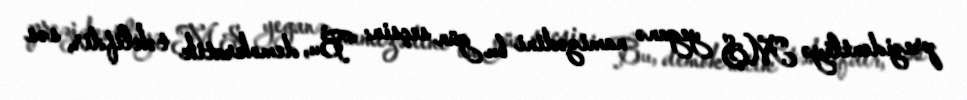
prezidentliyə MŞ yeganə namizədini bu gün seçsin: “Bu, demokratik təklifdir, səs